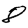
Digit: 8